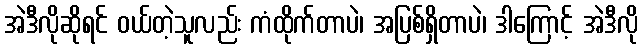
အဲဒီလိုဆိုရင် ဝယ်တဲ့သူလည်း ကံထိုက်တာပဲ၊ အပြစ်ရှိတာပဲ၊ ဒါကြောင့် အဲဒီလို